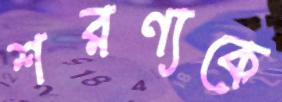
শরণ্যকে